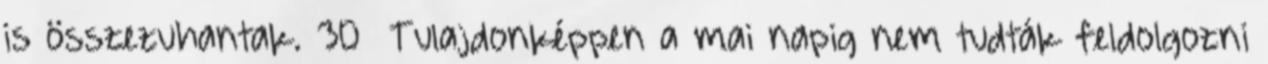
is összezuhantak. 30 Tulajdonképpen a mai napig nem tudták feldolgozni